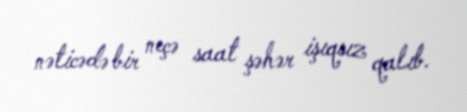
nəticədə bir neçə saat şəhər işıqsız qalıb.